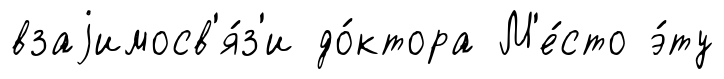
взаjимосв'я́з'и до́ктора М'е́сто э́ту